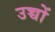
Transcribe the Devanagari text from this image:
उच्चों